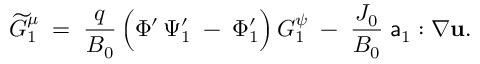
\widetilde { G } _ { 1 } ^ { \mu } \; = \; \frac { q } { B _ { 0 } } \left( \Phi ^ { \prime } \, \Psi _ { 1 } ^ { \prime } \; - \frac { } { } \Phi _ { 1 } ^ { \prime } \right) G _ { 1 } ^ { \psi } \; - \; \frac { J _ { 0 } } { B _ { 0 } } \; { \sf a } _ { 1 } : \nabla { \bf u } .